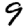
Digit: 9